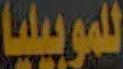
للموبيليا